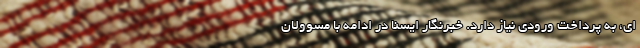
ای، به پرداخت ورودی نیاز دارد. خبرنگار ایسنا در ادامه با مسوولان